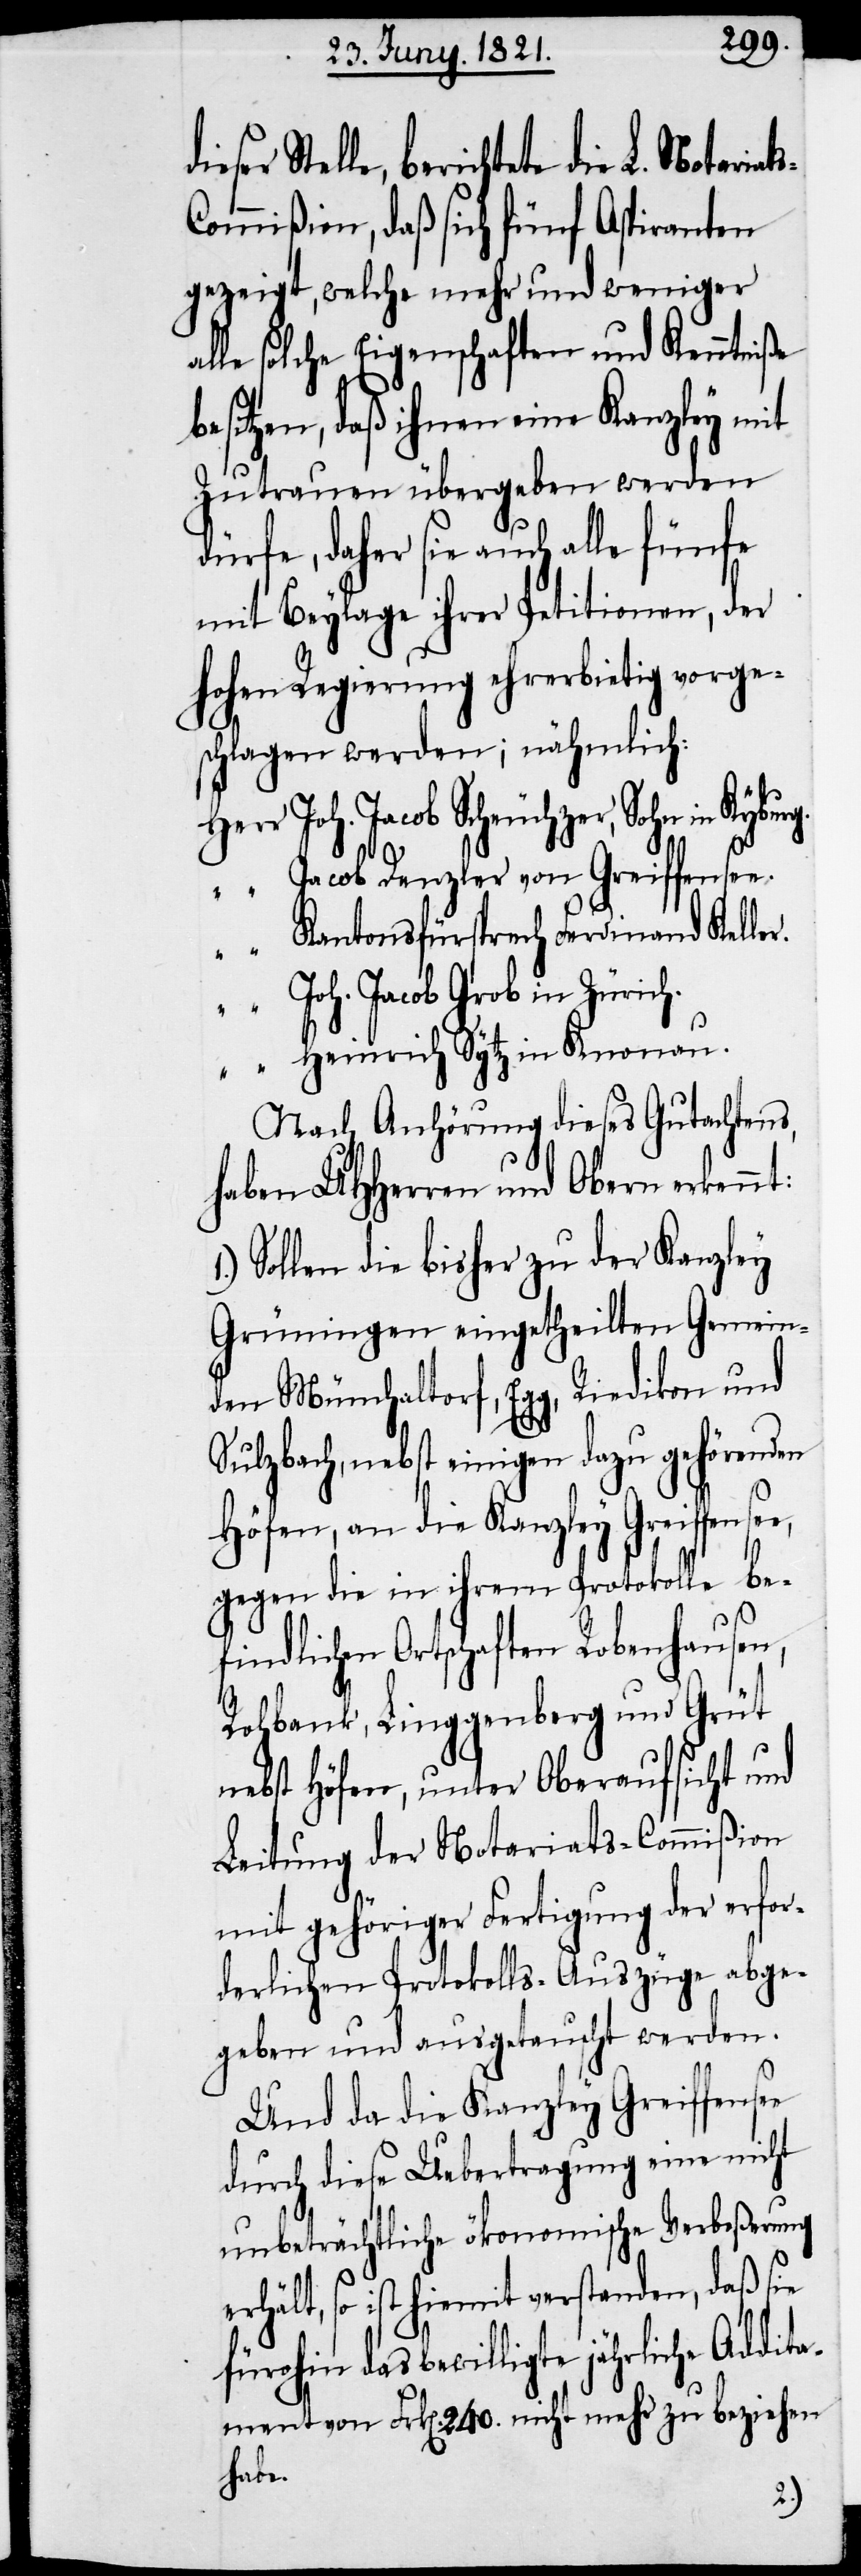
see,
Stelle, berichtete die L. Notaria¬
ommißion, daß sich fünf Aspiranten
gezeigt, welche mehr und weniger
lle solche Eigenschaften und Kenntniße
besitzen, daß ihnen eine Kanzley mit
Zutrauen übergeben werden
dürfe, daher sie auch alle fünfe
mit Beylage ihrer Petitionen, der
hohen Regierung ehrerbietig vorge¬
schlagen werden; nähmlich:
Herr	Joh. Jacob Scheuchzer, Sohn in Kyburg.
“	Jacob Denzler von Greiffensee.
“	Kantonsfürsprech Ferdinand Keller.
“	Joh. Jacob Grob in Zürich.
“	Heinrich Sytz in Knonau.
Nach Anhörung dieses Gutachtens,
haben UHHerren und Obern erkennt:
Sollen die bisher zu der Kanzley
Grüningen eingetheilten Gemein¬
den Münchaltorf, Egg, Riedikon und
Sulzbach, nebst einigen dazu gehörenden
Höfen, an die Kanzley Greiffen¬
gegen die in ihrem Protokolle be¬
findlichen Ortschaften Robenhausen,
Rohbank, Linggenberg und Grüt
nebst Höfen, unter Oberaufsicht und
Leitung der Notariats-Commißion
mit gehöriger Fertigung der erfor¬
derlichen Protokolls-Auszüge abge¬
geben und ausgetauscht werden.
Und da die Kanzley Greiffensee
durch diese Uebertragung eine nicht
unbeträchtliche ökonomische Verbeßerung
erhält, so ist hiermit verstanden, daß sie
fürohin das bewilligte jährliche Addit¬
ament von Frk[en]. 240. nicht mehr zu beziehen
habe.